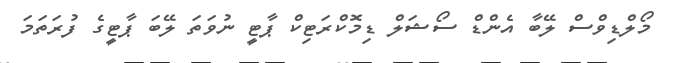
މޯލްޑިވްސް ލޭބާ އެންޑް ސޯޝަލް ޑިމޮކްރަޓިކް ޕާޓީ ނުވަތަ ލޭބަ ޕާޓީގެ ފުރަތަމަ